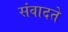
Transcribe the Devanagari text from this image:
संवादते